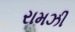
રામઝી